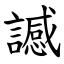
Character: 䜗